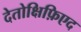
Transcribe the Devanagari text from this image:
देतोक्षिफ़िएद